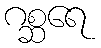
ဂစ္ဆရေ